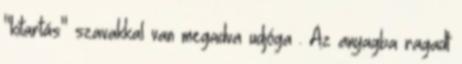
"kitartás" szavakkal van megadva udjóga . Az anyagba ragadt